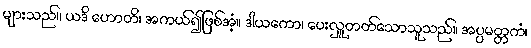
များသည်။ ယဒိ ဟောတိ၊ အကယ်၍ဖြစ်အံ့။ ဒါယကော၊ ပေးလှူတတ်သောသူသည်။ အပ္ပမတ္တကံ၊